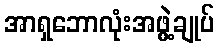
အာရှဘောလုံးအဖွဲ့ချုပ်